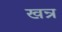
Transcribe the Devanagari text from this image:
खन्र